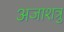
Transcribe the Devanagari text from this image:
अजाशत्रु